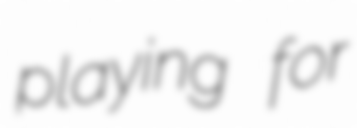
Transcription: playing for